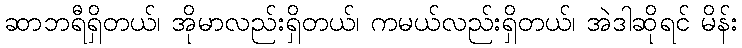
ဆာဘရီရှိတယ်၊ အိုမာလည်းရှိတယ်၊ ကမယ်လည်းရှိတယ်၊ အဲဒါဆိုရင် မိန်း